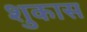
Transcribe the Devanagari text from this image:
शुकास